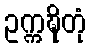
ဥက္ကဍ္ဎိတုံ